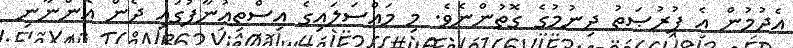
އެދުމުން އެ ފުރުޞަތު ދިނުމުގެ ގޮތުންނެވެ. މި މައްސަލައިގެ އިސްތިޢުނާފުގައި ދެން އޮންނާނި